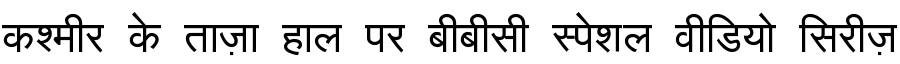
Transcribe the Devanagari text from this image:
कश्मीर के ताज़ा हाल पर बीबीसी स्पेशल वीडियो सिरीज़